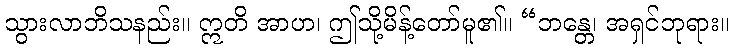
သွားလာဘိသနည်း။ ဣတိ အာဟ၊ ဤသို့မိန့်တော်မူ၏။ “ဘန္တေ၊ အရှင်ဘုရား။